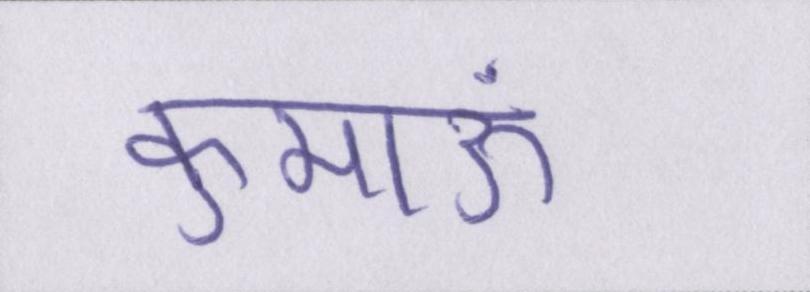
कुमाऊं